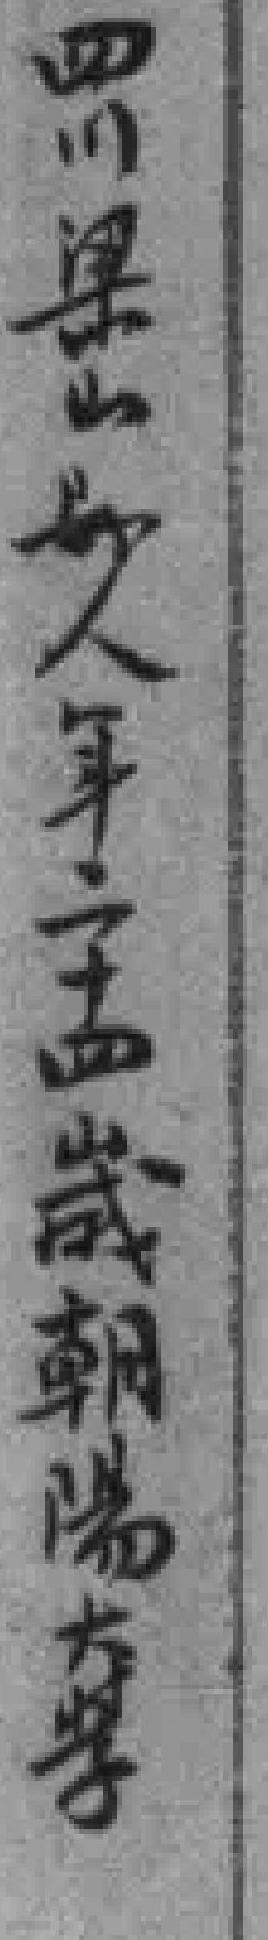
四川梁山縣人年二十四歲朝陽大學